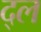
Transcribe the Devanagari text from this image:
द्ल